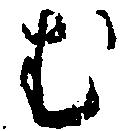
む